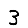
Digit: 3